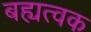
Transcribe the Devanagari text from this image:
बह्यत्वक